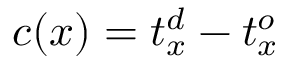
c ( x ) = t _ { x } ^ { d } - t _ { x } ^ { o }